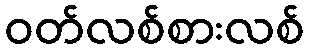
ဝတ်လစ်စားလစ်